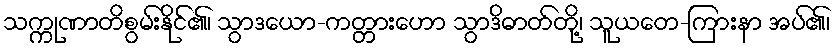
သက္ကုဏာတိစွမ်းနိုင်၏၊ သွာဒယော-ကတ္တားဟော သွာဒိဓာတ်တို့၊ သူယတေ-ကြားနာ အပ်၏၊